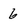
Character: 6